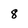
Character: 8